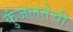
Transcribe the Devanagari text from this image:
कुंजलतेची